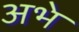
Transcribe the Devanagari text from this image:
अभे